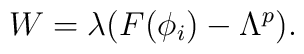
W=\lambda(F(\phi_i)-\Lambda^p).